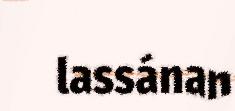
lassánan